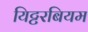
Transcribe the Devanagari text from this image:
यिट्टरबियम